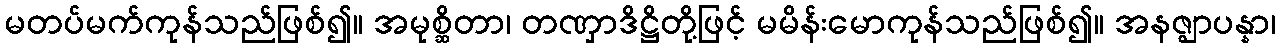
မတပ်မက်ကုန်သည်ဖြစ်၍။ အမုစ္ဆိတာ၊ တဏှာဒိဋ္ဌိတို့ဖြင့် မမိန်းမောကုန်သည်ဖြစ်၍။ အနဇ္ဈာပန္နာ၊